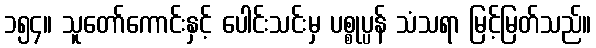
၁၅၄။ သူတော်ကောင်းနှင့် ပေါင်းသင်းမှ ပစ္စုပ္ပန် သံသရာ မြင့်မြတ်သည်။